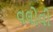
વલોવી